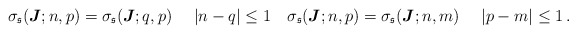
\begin{align*}\sigma_\mathfrak{s}(\boldsymbol{J};n,p)=\sigma_\mathfrak{s}(\boldsymbol{J};q,p) \quad\ |n-q|\leq 1 \quad\sigma_\mathfrak{s}(\boldsymbol{J};n,p)=\sigma_\mathfrak{s}(\boldsymbol{J};n,m) \quad\ |p-m|\leq 1\,.\end{align*}